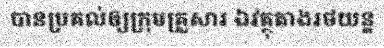
បានប្រគល់ឲ្យក្រុមគ្រួសារ ឯវត្ថុតាងរថយន្ត